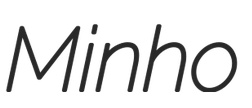
Minho